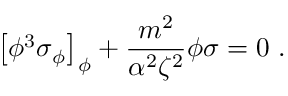
\left[ \phi ^ { 3 } \sigma _ { \phi } \right] _ { \phi } + { \frac { m ^ { 2 } } { \alpha ^ { 2 } \zeta ^ { 2 } } } \phi \sigma = 0 ~ .